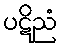
ပဋိညံ